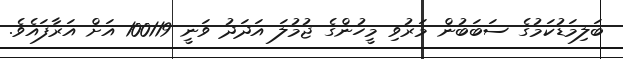
ބަލިމަޑުކަމުގެ ސަބަބުން މަރުވި މީހުންގެ ޖުމުލަ އަދަދު ވަނީ 100119 އަށް އަރާފައެވެ.